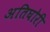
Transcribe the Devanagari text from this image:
अतिघोरी